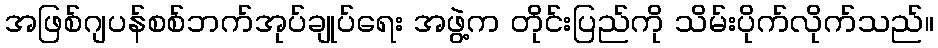
အဖြစ်ဂျပန်စစ်ဘက်အုပ်ချုပ်ရေး အဖွဲ့က တိုင်းပြည်ကို သိမ်းပိုက်လိုက်သည်။